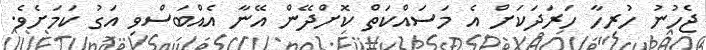
ޖެހުނު ހުރިހާ ހަރަދަކަށް އެ މަސައްކަތް ކޮށްދޭން އޭނާ އެއްބަސްވި އަގު ކަމަށެވެ.